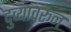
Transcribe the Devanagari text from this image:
दुव्यांवरून